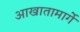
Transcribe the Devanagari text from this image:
आखातामार्गे